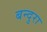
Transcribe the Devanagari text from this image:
बन्दुरा